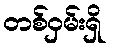
တစ်ဝှမ်းရှိ